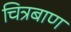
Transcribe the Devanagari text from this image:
चित्रबाण